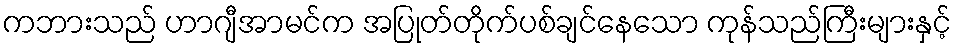
ကဘားသည် ဟာဂျီအာမင်က အပြုတ်တိုက်ပစ်ချင်နေသော ကုန်သည်ကြီးများနှင့်